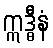
ဣဒ္ဓီနံ